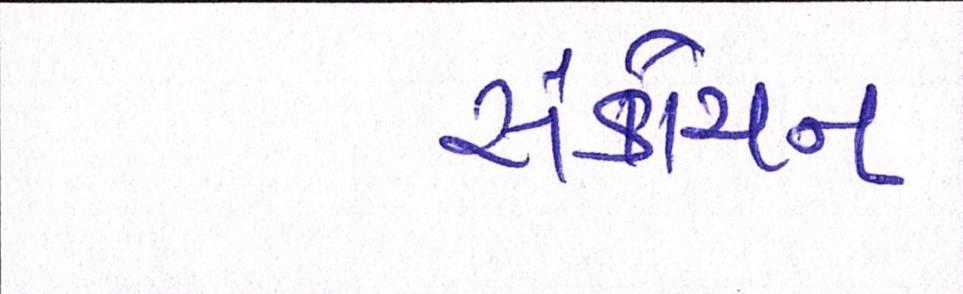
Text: સંકોચન